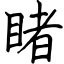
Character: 睹